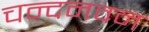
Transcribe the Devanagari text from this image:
चन्दनवन